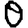
Digit: 0